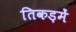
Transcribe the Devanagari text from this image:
तिकड़में